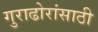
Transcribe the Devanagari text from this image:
गुराढोरांसाठी